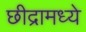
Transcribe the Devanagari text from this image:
छीद्रामध्ये